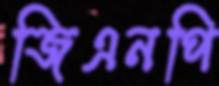
জিএনপি